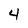
Character: 4